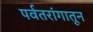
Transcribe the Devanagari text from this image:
पर्वतरांगातून